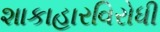
શાકાહારવિરોધી